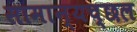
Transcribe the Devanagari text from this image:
सामान्यच्छल